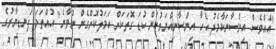
"އެއްވެސް އިންސާނަކާމެދު އެހާ އިންސާނިއްޔަތުކަން ކުޑަ ގޮތަކަށް އަމަލުކޮށްގެން ނުވާނެ" އުއްތަމަ ފަނޑިޔާރުގެ